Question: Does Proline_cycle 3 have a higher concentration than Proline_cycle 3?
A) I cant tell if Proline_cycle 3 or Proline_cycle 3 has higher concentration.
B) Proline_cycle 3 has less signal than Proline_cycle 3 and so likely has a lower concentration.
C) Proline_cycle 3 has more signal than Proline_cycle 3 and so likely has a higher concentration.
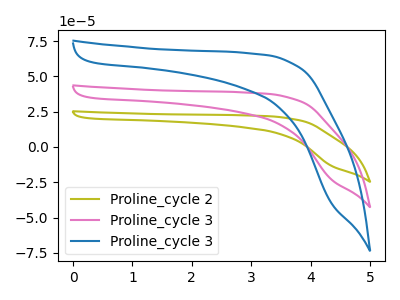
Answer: <think>The olive curve "Proline_cycle 2" has no peaks. The pink curve "Proline_cycle 3" has no peaks. The blue curve "Proline_cycle 3" has no peaks.
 Neither "Proline_cycle 3" or "Proline_cycle 3" have any peaks.</think>
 <answer>A) I cant tell if "Proline_cycle 3" or "Proline_cycle 3" has higher concentration.</answer>
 <eval>A</eval>